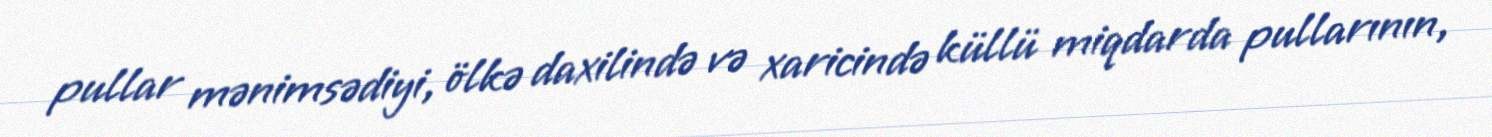
pullar mənimsədiyi, ölkə daxilində və xaricində küllü miqdarda pullarının,